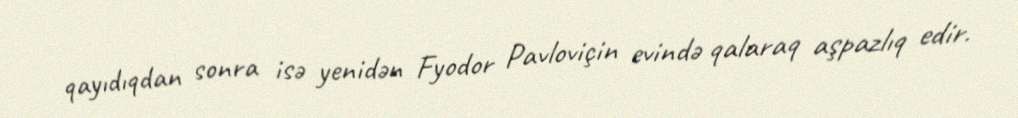
qayıdıqdan sonra isə yenidən Fyodor Pavloviçin evində qalaraq aşpazlıq edir.